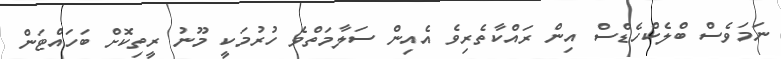
ނަމަވެސް ބްލެކްހެޑްސް އިން ރައްކާތެރިވެ އެއިން ސަލާމަތްވެ ހުރުމަކީ މޫނު ރީތިކޮށް ބަހައްޓަން